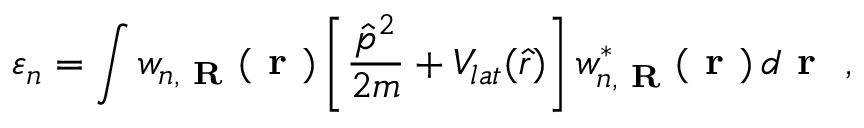
\varepsilon _ { n } = \int w _ { n , \textbf { R } } ( \textbf { r } ) \left[ \frac { \hat { p } ^ { 2 } } { 2 m } + V _ { l a t } ( \hat { r } ) \right] w _ { n , \textbf { R } } ^ { * } ( \textbf { r } ) \, d \textbf { r } ~ ,